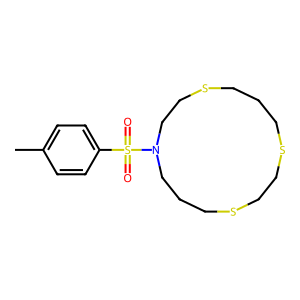
SMILES: Cc1ccc(S(=O)(=O)N2CCCSCCSCCCSCC2)cc1
Inhibits HIV replication: No